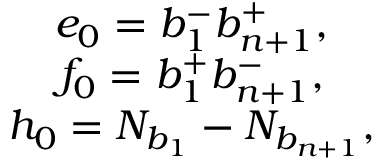
\begin{array} { c } { { e _ { 0 } = b _ { 1 } ^ { - } b _ { n + 1 } ^ { + } , ~ ~ ~ } } \\ { { f _ { 0 } = b _ { 1 } ^ { + } b _ { n + 1 } ^ { - } , ~ ~ ~ } } \\ { { h _ { 0 } = N _ { b _ { 1 } } - N _ { b _ { n + 1 } } , ~ ~ ~ } } \end{array}